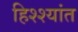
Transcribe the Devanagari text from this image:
हिश्श्यांत